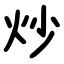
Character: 炒